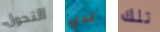
التحول لدي تلك